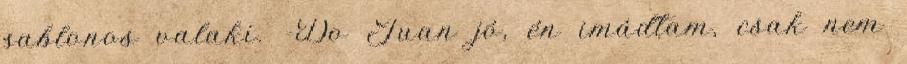
sablonos valaki. -Do Juan jó, én imádtam, csak nem